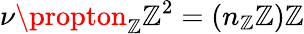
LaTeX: \nu\propton_{\mathbb{Z}}\mathbb{Z}^{2}=(n_{\mathbb{Z}}\mathbb{Z})\mathbb{Z}